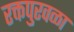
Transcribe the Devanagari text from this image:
रक्तपुरवळा